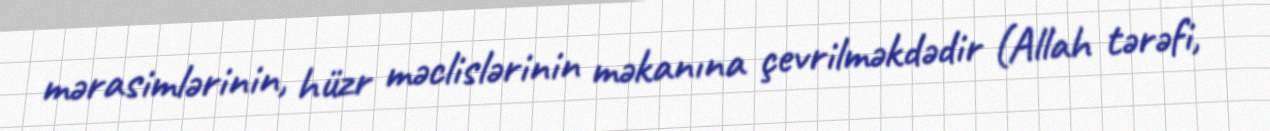
mərasimlərinin, hüzr məclislərinin məkanına çevrilməkdədir (Allah tərəfi,